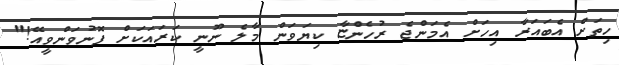
ހިތަށް އެބައަރާ އިހަށް އެމަންޖެ ރުހެންޏާ ކިޔަވަން މާލެ ނޫނީ ކަރައަކަށް ފޮނުވަންވީއޭ!"